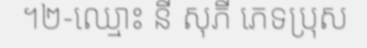
។២-ឈ្មោះ នី សុភី ភេទប្រុស